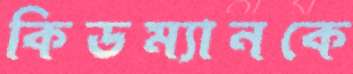
কিডম্যানকে